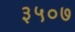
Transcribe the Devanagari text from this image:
३५०७